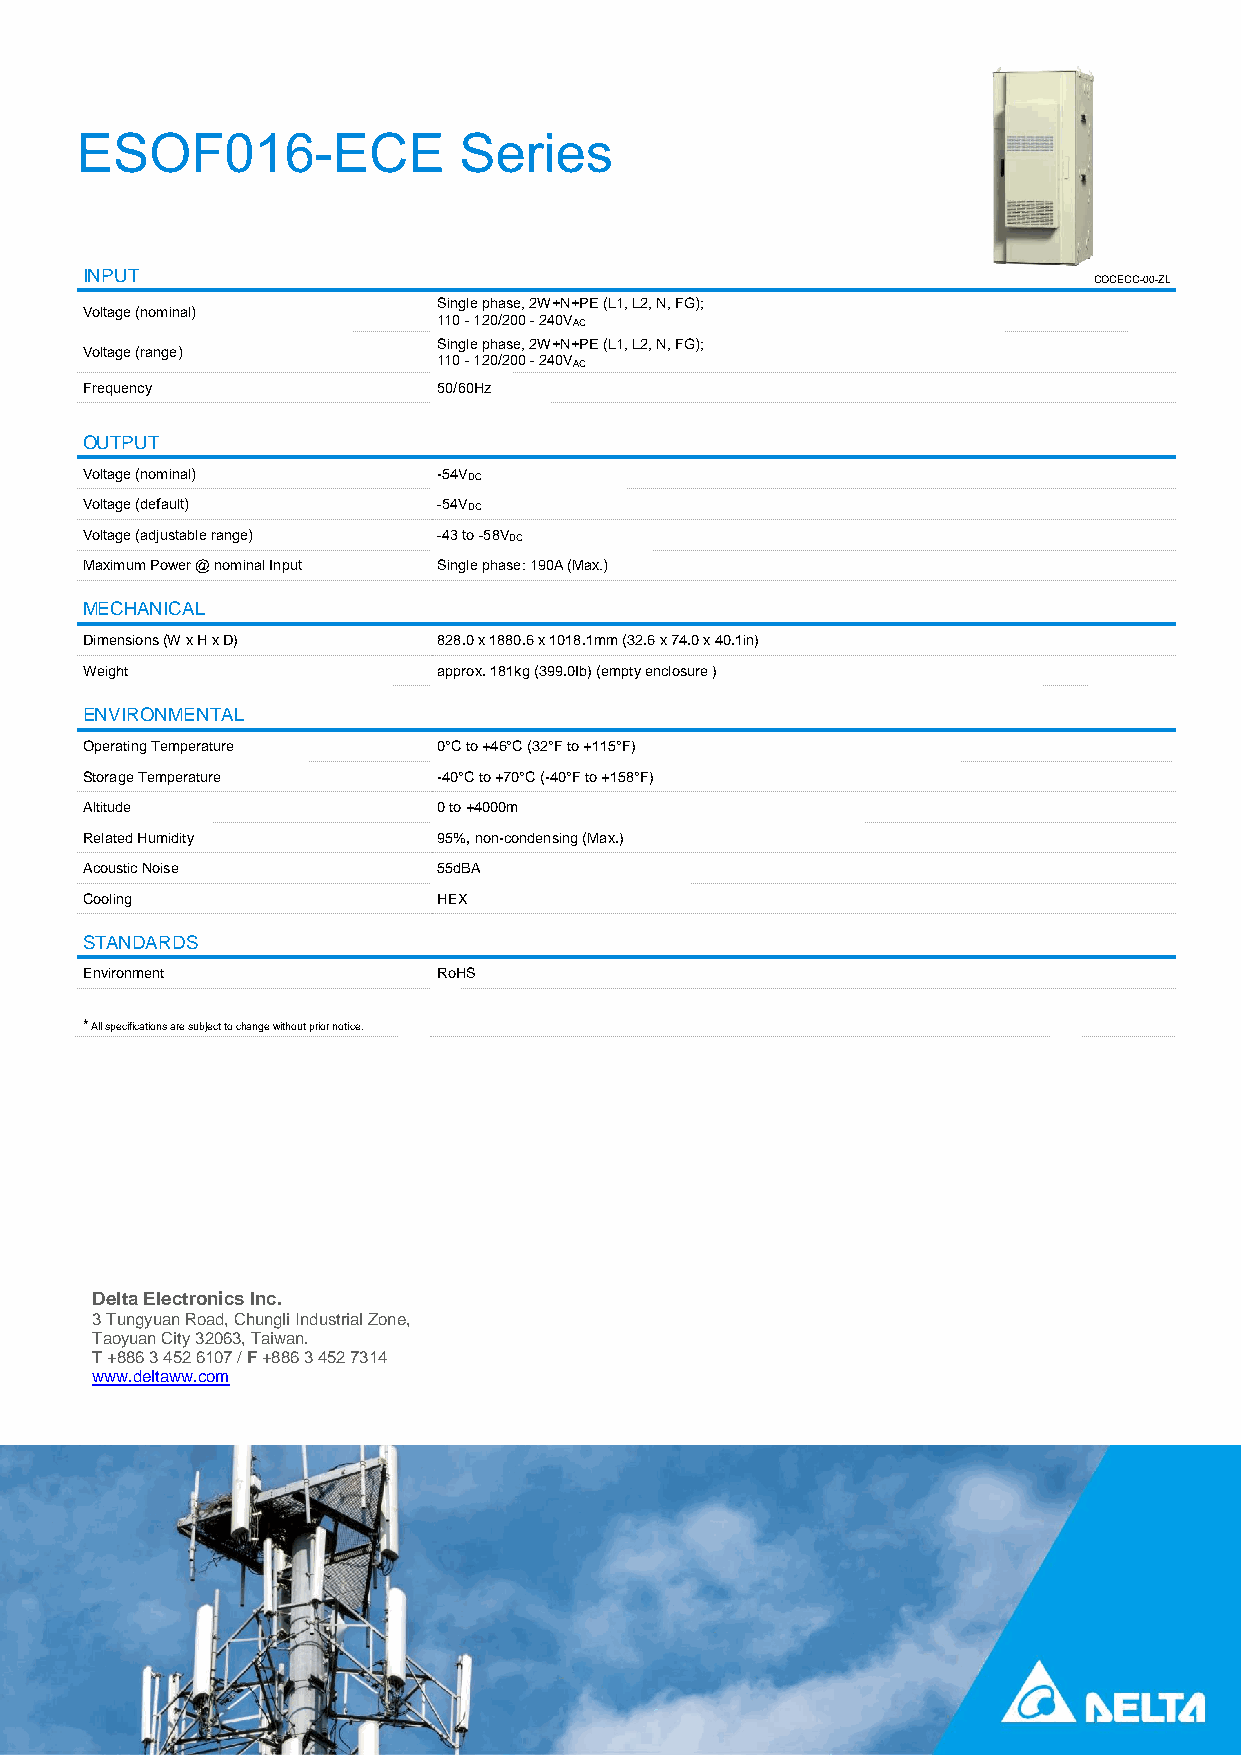
ESOF016-ECE              Series
 INPUT
 COCECC-00-ZL
 Single phase, 2W+N+PE (L1, L2, N, FG);
 Voltage (nominal)
 110 - 120/200 - 240VAC
 Single phase, 2W+N+PE (L1, L2, N, FG);
 Voltage (range)
 110 - 120/200 - 240VAC
 Frequency               50/60Hz
 OUTPUT
 Voltage (nominal)       -54VDC
 Voltage (default)       -54VDC
 Voltage (adjustable range) -43 to -58VDC
 Maximum Power @ nominal Input Single phase: 190A (Max.)
 MECHANICAL
 Dimensions (W x H x D)  828.0 x 1880.6 x 1018.1mm (32.6 x 74.0 x 40.1in)
 Weight                  approx. 181kg (399.0Ib) (empty enclosure )
 ENVIRONMENTAL
 Operating Temperature   0°C to +46°C (32°F to +115°F)
 Storage Temperature     -40°C to +70°C (-40°F to +158°F)
 Altitude                0 to +4000m
 Related Humidity        95%, non-condensing (Max.)
 Acoustic Noise          55dBA
 Cooling                 HEX
 STANDARDS
 Environment             RoHS
 * All specifications are subject to change without prior notice.
 Delta Electronics Inc.
 3 Tungyuan Road, Chungli Industrial Zone,
 Taoyuan City 32063, Taiwan.
 T +886 3 452 6107 / F +886 3 452 7314
 www.deltaww.com